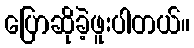
ပြောဆိုခဲ့ဖူးပါတယ်။